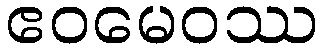
ဧဝမေဝဿ